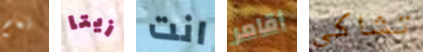
نعم زيتا انت أقامر تشاكي